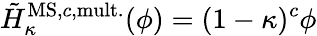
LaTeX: \tilde{H}_{\kappa}^{\mathrm{MS,}c\mathrm{,mult.}}(\phi)=(1-\kappa)^{c}\phi